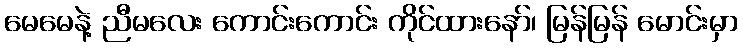
မေမေနဲ့ ညီမလေး ကောင်းကောင်း ကိုင်ထားနော်၊ မြန်မြန် မောင်းမှာ